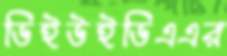
ডিইউইডিএএর